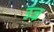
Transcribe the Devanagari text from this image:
उज्र